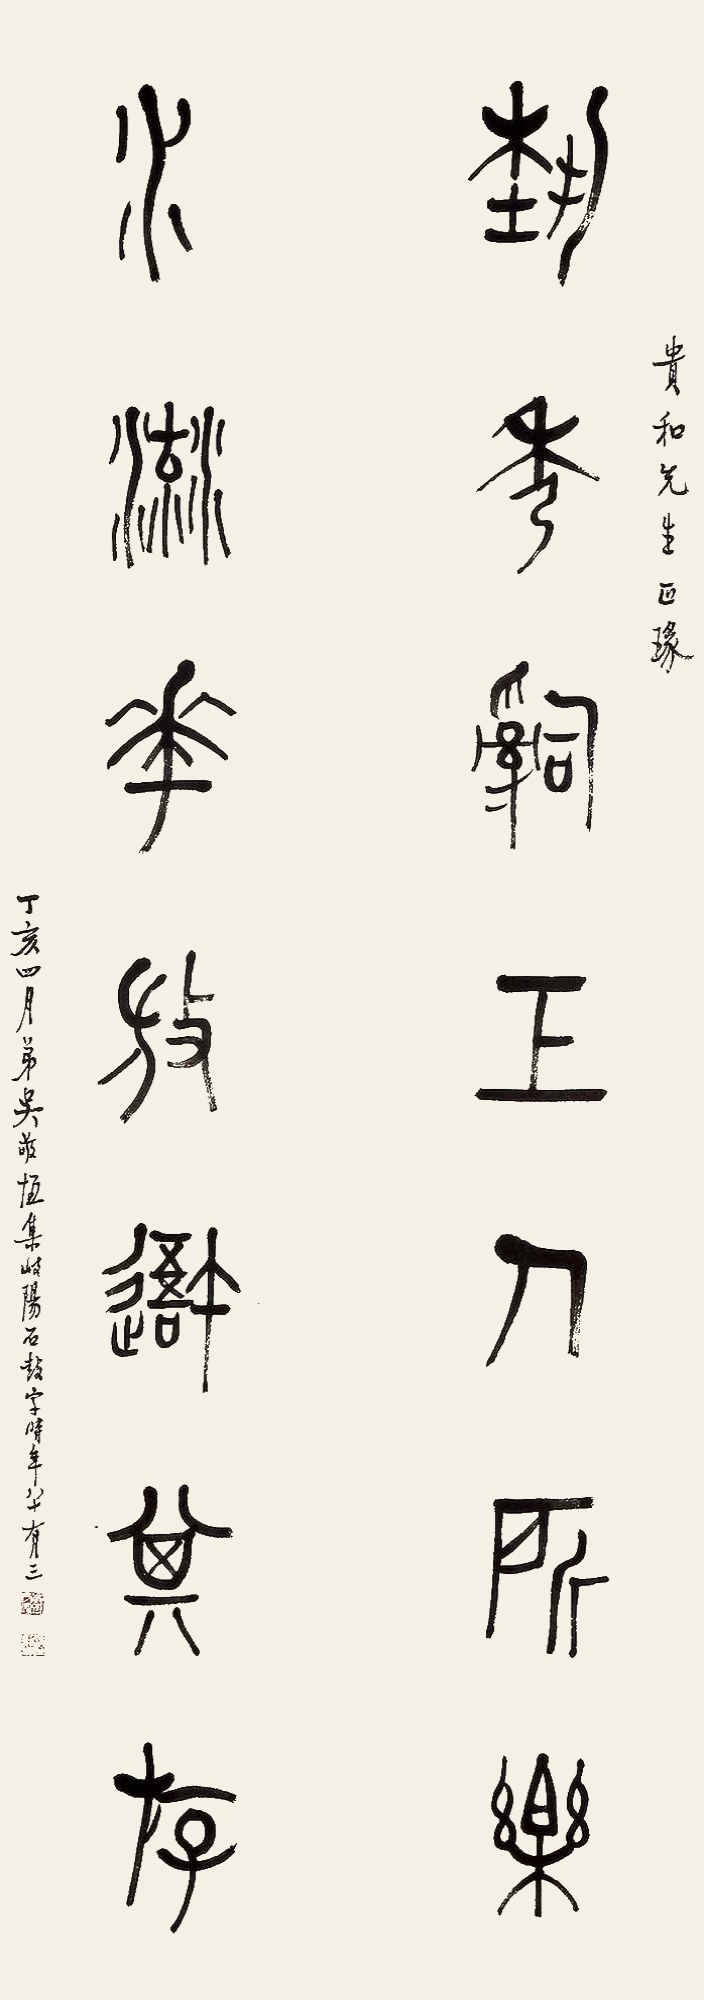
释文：艺秀辞工人所乐，水流花放吾其游。贵和先生正篆，丁亥四月弟吴敬恒集岐阳石鼓字，时年八十有三。